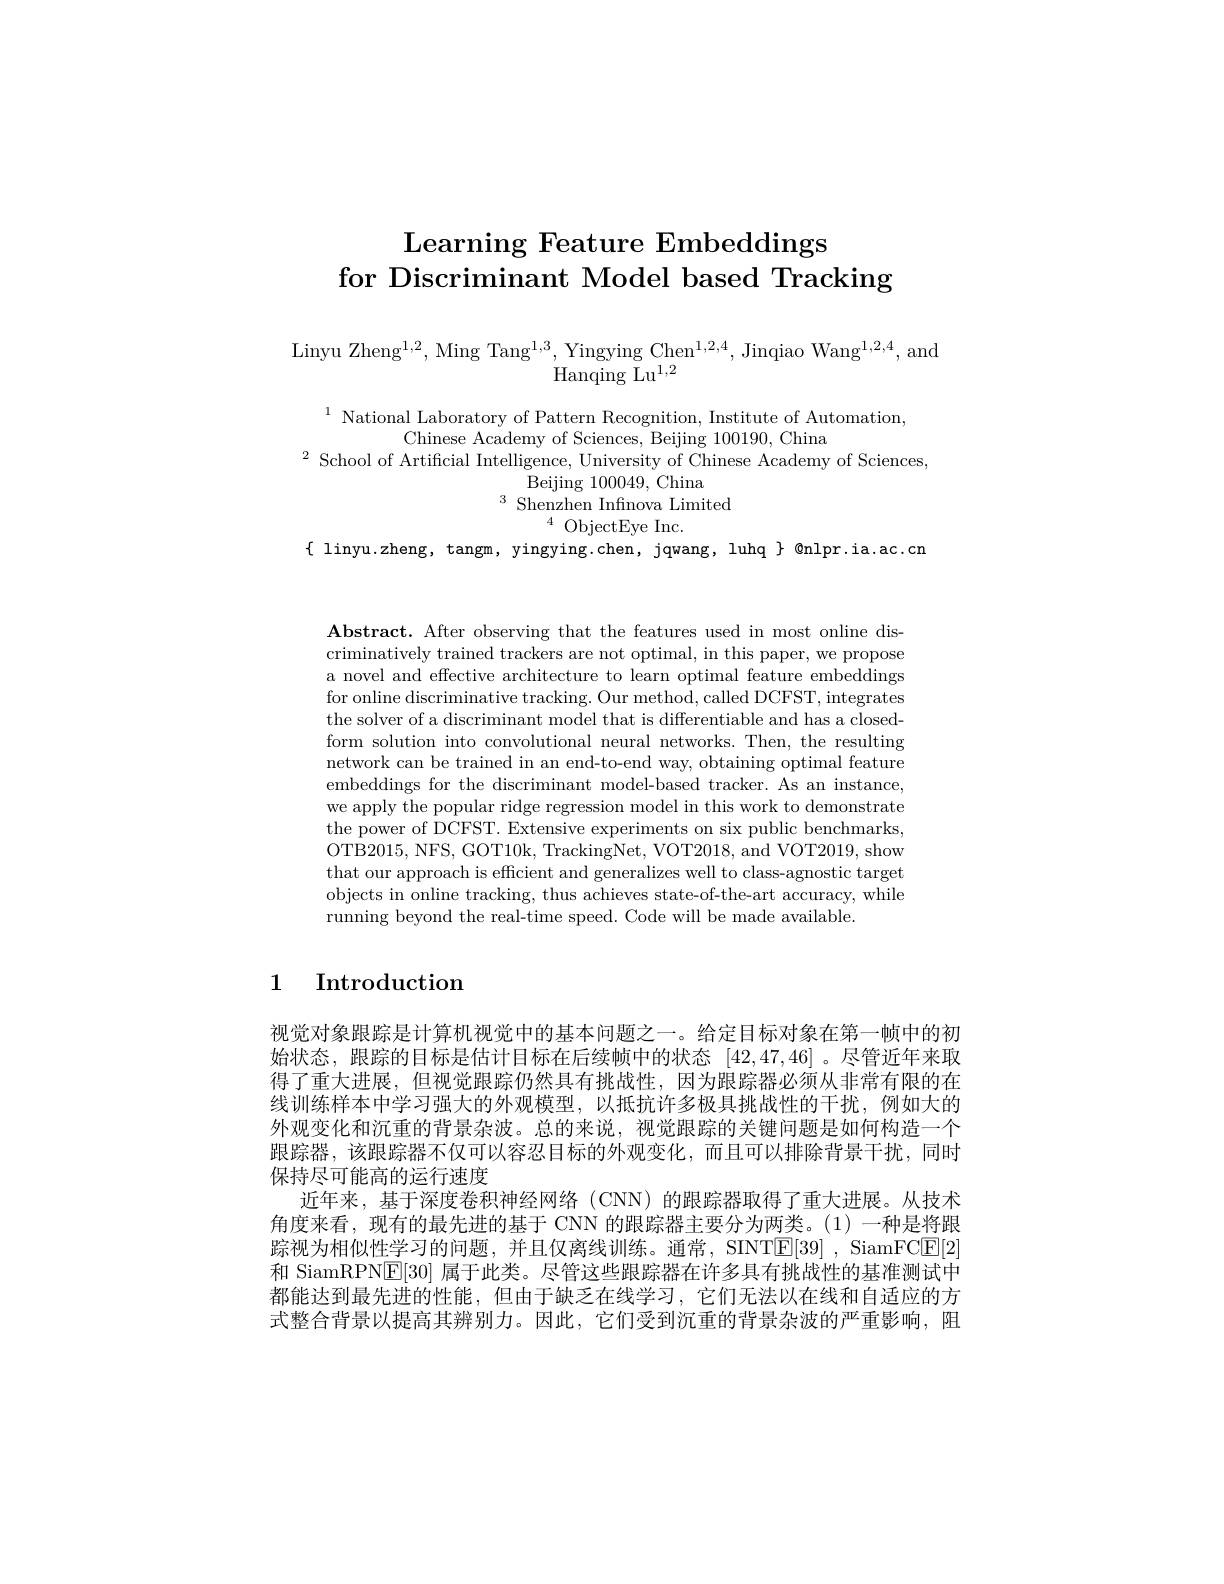
# Learning Feature Embeddings for Discriminant Model based Tracking

Linyu Zheng$^1,2$, Ming Tang$^1,3$, Yingying Chen$^1,2,4$, Jinqiao Wang$^1,2,4$, and
Hanqing Lu$^{1,2}$

$^{1}$ National Laboratory of Pattern Recognition, Institute of Automation,
Chinese Academy of Sciences, Beijing 100190, China
$^{2}$ School of Artificial Intelligence, University of Chinese Academy of Sciences
Beijing 100049, China
$^{3}{\mathrm{~Shenzhen~Infinova~Limited}}$
$^{4}{\mathrm{~ObjectEye~Inc.}}$
$\{$ linyu.zheng, tangm, yingying.chen, jqwang, luhq $\}$ @nlpr.ia.ac.cn

Abstract. After observing that the features used in most online discriminatively trained trackers are not optimal, in this paper, we propose a novel and effective architecture to learn optimal feature embeddings for online discriminative tracking. Our method, called DCFST, integrates the solver of a discriminant model that is differentiable and has a closedform solution into convolutional neural networks. Then, the resulting network can be trained in an end-to-end way, obtaining optimal feature embeddings for the discriminant model-based tracker. As an instance, we apply the popular ridge regression model in this work to demonstrate the power of DCFST. Extensive experiments on six public benchmarks, OTB2015, NFS, GOT10k, TrackingNet, VOT2018, and VOT2019, show that our approach is efficient and generalizes well to class-agnostic target objects in online tracking, thus achieves state-of-the-art accuracy, while running beyond the real-time speed. Code will be made available

# 1 Introduction

视觉对象跟踪是计算机视觉中的基本问题之一。给定目标对象在第一帧中的初始状态，跟踪的目标是估计目标在后续帧中的状态[42,47,46] 。尽管近年来取得了重大进展，但视觉跟踪仍然具有挑战性，因为跟踪器必须从非常有限的在线训练样本中学习强大的外观模型，以抵抗许多极具挑战性的干扰，例如大的外观变化和沉重的背景杂波。总的来说，视觉跟踪的关键问题是如何构造一个跟踪器，该跟踪器不仅可以容忍目标的外观变化，而且可以排除背景干扰，同时保持尽可能高的运行速度
近年来，基于深度卷积神经网络 (CNN) 的跟踪器取得了重大进展。从技术角度来看，现有的最先进的基于 CNN 的跟踪器主要分为两类。(1)一种是将跟踪视为相似性学习的问题，并且仅离线训练。通常，SINTE[39] , SiamFC$\underline{\mathrm{E}}[2]$ 和 SiamRPN[E[30] 属于此类。尽管这些跟踪器在许多具有挑战性的基准测试中都能达到最先进的性能，但由于缺乏在线学习，它们无法以在线和自适应的方式整合背景以提高其辨别力。因此，它们受到沉重的背景杂波的严重影响，阻